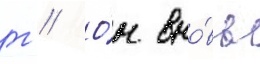
г // О́н вно́вь